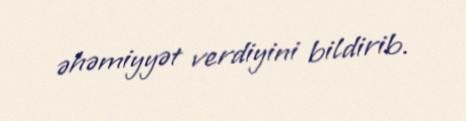
əhəmiyyət verdiyini bildirib.